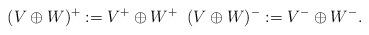
LaTeX: \begin{align*}(V\oplus W)^+:=V^+ \oplus W^+\;\;(V\oplus W)^-:=V^- \oplus W^-.\end{align*}